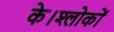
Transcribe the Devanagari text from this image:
के।श्लोकों